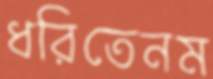
ধরিতেনম